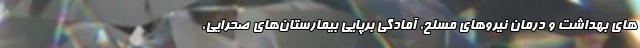
های بهداشت و درمان نیروهای مسلح، آمادگی برپایی بیمارستان‌های صحرایی،